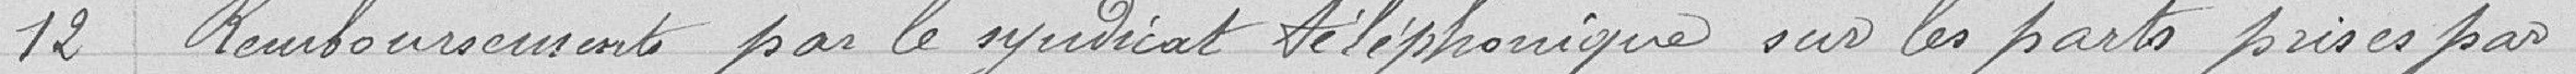
12 Remboursement par le syndicat téléphonique sur les parts prises par